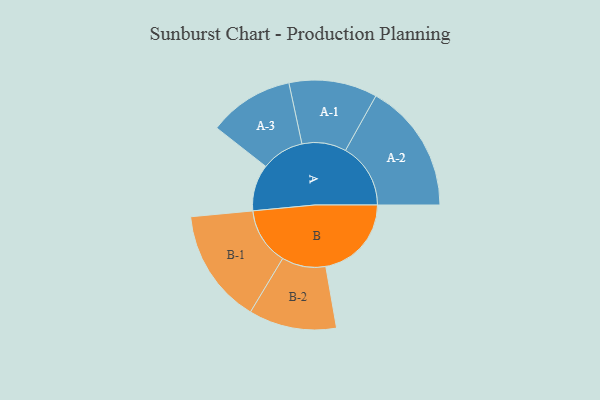
{"axis": {"x": "Segment", "y": "Value"}, "legend": ["", "A", "B"], "data": [{"x": "A", "y": 213, "type": ""}, {"x": "B", "y": 392, "type": ""}, {"x": "A-1", "y": 202, "type": "A"}, {"x": "A-2", "y": 298, "type": "A"}, {"x": "A-3", "y": 195, "type": "A"}, {"x": "B-1", "y": 262, "type": "B"}, {"x": "B-2", "y": 201, "type": "B"}]}